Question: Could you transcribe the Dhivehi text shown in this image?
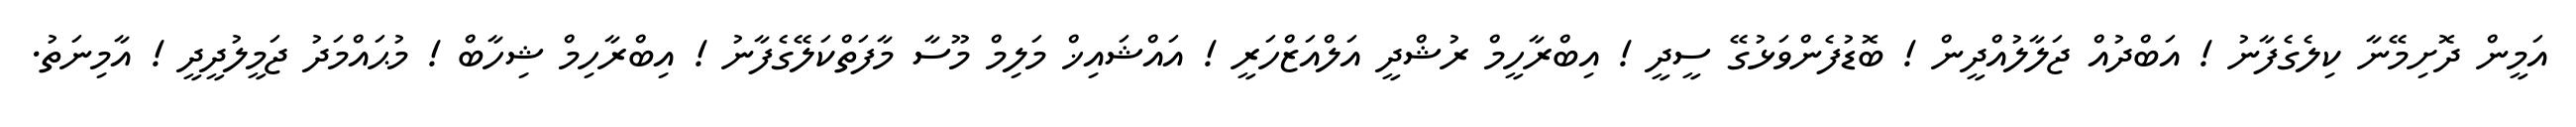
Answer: އަމީން ދޮށިމޭނާ ކިލެގެފާނު ! އަބްދުއް ޖަލާލުއްދީން ! ބޮޑުފެންވަޅުގޭ ސީދީ ! އިބްރާހީމް ރުޝްދީ އަލްއަޒްހަރީ ! އައްޝައިޚް މަލިމް މޫސާ މާފަތްކަލޭގެފާނު ! އިބްރާހިމް ޝިހާބް ! މުޙައްމަދު ޖަމީލުދީދީ ! އާމިނަތު.